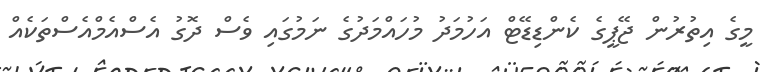
މީގެ އިތުރުން ޖޭޕީގެ ކެންޑިޑޭޓް އަހުމަދު މުހައްމަދުގެ ނަމުގައި ވެސް ދޮގު އެސްއެމްއެސްތަކެއް